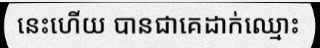
នេះហើយ បានជាគេដាក់ឈ្មោះ